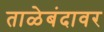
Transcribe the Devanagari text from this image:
ताळेबंदावर